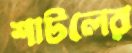
শাটলের